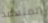
المتعمد